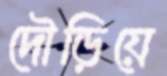
দৌড়িয়ে